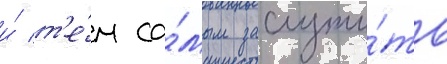
и́ т'е́м са́мым заслужи́ть